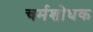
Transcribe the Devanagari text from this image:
चर्मशोधक